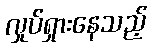
လှုပ်ရှားနေသည့်